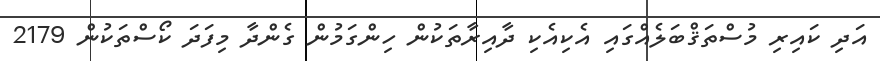
އަދި ކައިރި މުސްތަޤްބަލެއްގައި އެކިއެކި ދާއިރާތަކުން ހިންގަމުން ގެންދާ މިފަދަ ކޯސްތަކުން 2179